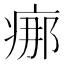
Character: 𤶸